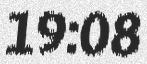
19:08